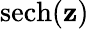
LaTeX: \operatorname{sech}(\mathbf{z})